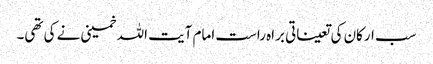
سب ارکان کی تعیناتی براہ راست امام آیت اللہ خمینی نے کی تھی۔